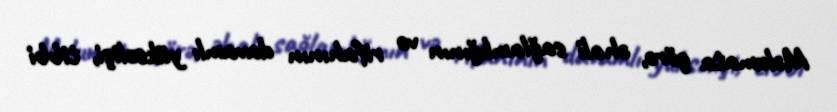
Məlumata görə, əhali sağlamlığının və rifahının davamlı yüksəlişi, tibbi